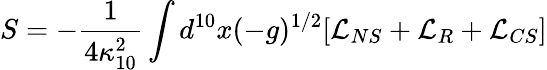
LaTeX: S=-\frac{1}{4\kappa_{10}^{2}}\int d^{10}x(-g)^{1/2}[\mathcal{L}_{NS}+\mathcal{L}_{R}+\mathcal{L}_{CS}]